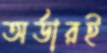
অর্ডারই